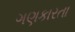
ગણકારતા